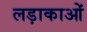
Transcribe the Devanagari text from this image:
लड़ाकाओं